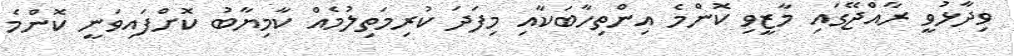
ވިދާޅުވީ ރާއްޖޭގައި މާޒީވި ކޮންމެ އިންތިހާބަކާއި މިފަދަ ކުރިމަތިލުމެއް ކާމިޔާބު ކޮށްފައިވަނީ ކޮންމެ